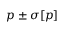
p \pm \sigma [ p ]